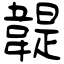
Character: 䪘